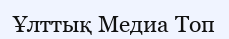
Ұлттық Медиа Топ